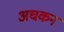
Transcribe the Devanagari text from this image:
अचकन